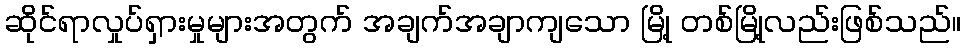
ဆိုင်ရာလှုပ်ရှားမှုများအတွက် အချက်အချာကျသော မြို့ တစ်မြို့လည်းဖြစ်သည်။